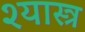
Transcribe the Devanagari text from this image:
श्यास्त्र